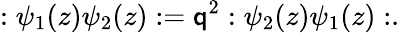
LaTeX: :\psi_{1}(z)\psi_{2}(z):=\mathsf{q}^{2}:\psi_{2}(z)\psi_{1}(z):.